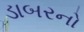
ડાબરનો